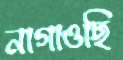
নাগাওছি